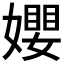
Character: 𡢞